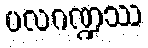
ပလဂဏ္ဍဿ